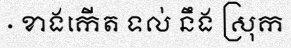
· ខាងកើត ទល់ នឹង ស្រុក